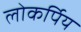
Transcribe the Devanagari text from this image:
लोकर्पिय